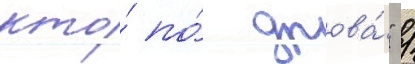
кто́ по́ дрова́" /